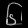
Digit: ၆